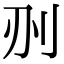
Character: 𠛂